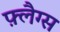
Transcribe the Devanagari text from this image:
फ़्लैग्स